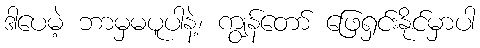
ဒါပေမဲ့ ဘာမှမပူပါနဲ့၊ ကျွန်တော် ဖြေရှင်းနိုင်မှာပါ